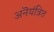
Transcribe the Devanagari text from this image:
अनॆयंत्रित